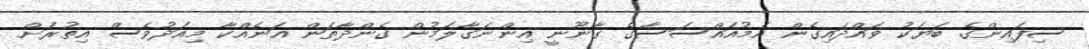
ސިފައިންގެ ބަޔަކު ވައްދައިގެން އެމުއައްސަސާގެ ގާނޫނީ އިންނަގާލަމުން ގެންދާތަން އަނެއްކާ މިއަދުވެސް އިތުރަށް